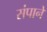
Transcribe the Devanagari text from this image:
संपाने